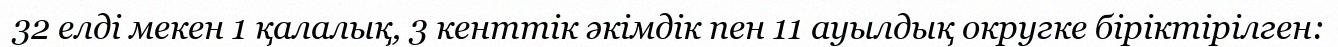
32 елді мекен 1 қалалық, 3 кенттік әкімдік пен 11 ауылдық округке біріктірілген: